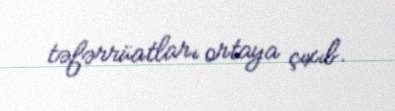
təfərrüatları ortaya çıxıb.